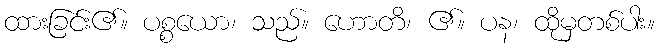
ထားခြင်း၏။ ပစ္စယော၊ သည်။ ဟောတိ၊ ၏။ ပန၊ ထိုမှတစ်ပါး။